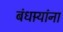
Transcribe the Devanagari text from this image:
बंधार्‍यांना